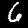
Label: 6